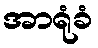
အာရုံခံ